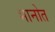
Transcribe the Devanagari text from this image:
भानोत